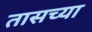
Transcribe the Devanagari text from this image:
तासच्या